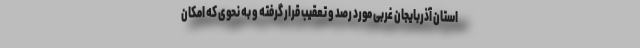
استان آذربایجان غربی مورد رصد و تعقیب قرار گرفته و به نحوی که امکان